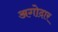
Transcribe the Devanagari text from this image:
अगोदार